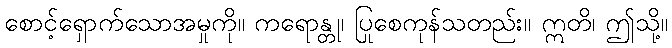
စောင့်ရှောက်သောအမှုကို။ ကရောန္တု၊ ပြုစေကုန်သတည်း။ ဣတိ၊ ဤသို့။